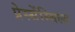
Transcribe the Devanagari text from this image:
प्रेस्सेंस्बिल्ड